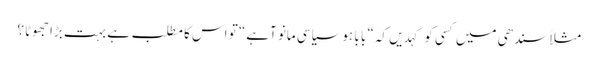
مثلاً سندھی میں کسی کو کہدیں کہ“ با با ہوسیاسی مانو آہے“ تو اس کا مطلب ہے بہت بڑا جھوٹا ؟